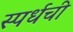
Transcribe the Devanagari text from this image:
स्पर्धची